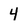
Character: 4